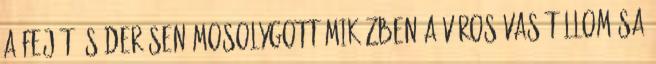
a fejét és derősen mosolygott miközben a város vasútállomása